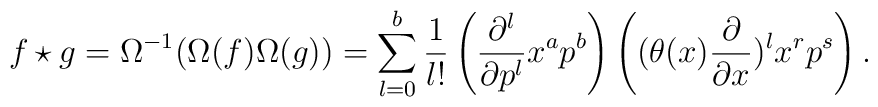
f\star g = \Omega ^{-1}(\Omega (f)\Omega (g))= \sum _{l=0}^b \frac{1}{l!}\left( \frac{\partial ^l}{\partial p^l}x^ap^b\right)\left( (\theta (x)\frac{\partial}{\partial x})^lx^rp^s\right).